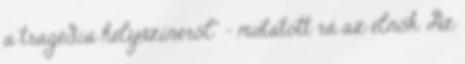
a tragédia helyszínéről” – mutatott rá az elnök. Az